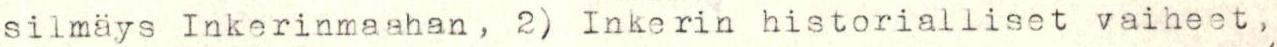
silmäys Inkerinmaahan, 2) Inkerin historialliset vaiheet,